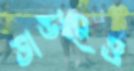
ভান্ডারেও